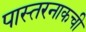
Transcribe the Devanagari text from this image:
पास्तरनाकची